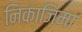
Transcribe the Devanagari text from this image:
निकाजिमा